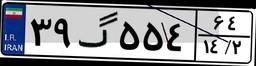
۳۹گ۵۵۴۶۴